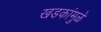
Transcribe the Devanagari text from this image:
खडकांमुळे